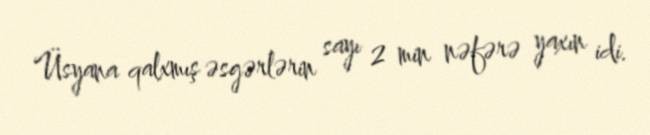
Üsyana qalxmış əsgərlərin sayı 2 min nəfərə yaxın idi.